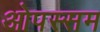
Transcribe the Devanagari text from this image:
ओपस्सम